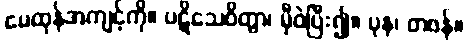
မေထုန်အကျင့်ကို။ ပဋိသေဝိတွာ၊ မှီဝဲပြီး၍။ ပုန၊ တဖန်။